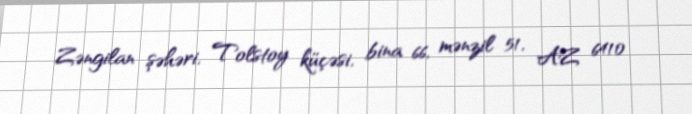
Zəngilan şəhəri, Tolstoy küçəsi, bina 66, mənzil 51, AZ 6410